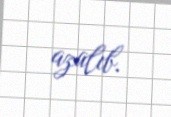
azalıb.